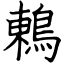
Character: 鶇